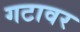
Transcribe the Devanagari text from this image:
गटावर